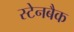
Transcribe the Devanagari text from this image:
स्टेनबैक